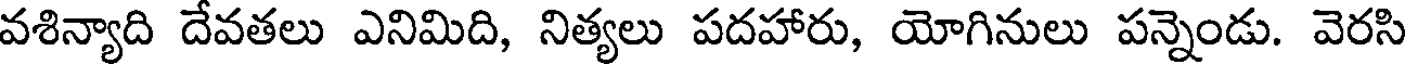
వశిన్యాది దేవతలు ఎనిమిది, నిత్యలు పదహారు, యోగినులు పన్నెండు. వెరసి